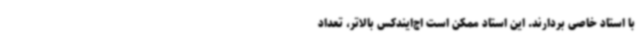
با استاد خاصی بردارند. این استاد ممکن است اچ‌ایندکس بالاتر، تعداد